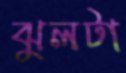
ঝুলটা